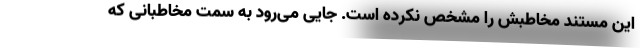
این مستند مخاطبش را مشخص نکرده است. جایی می‌رود به سمت مخاطبانی که